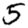
Digit: 5